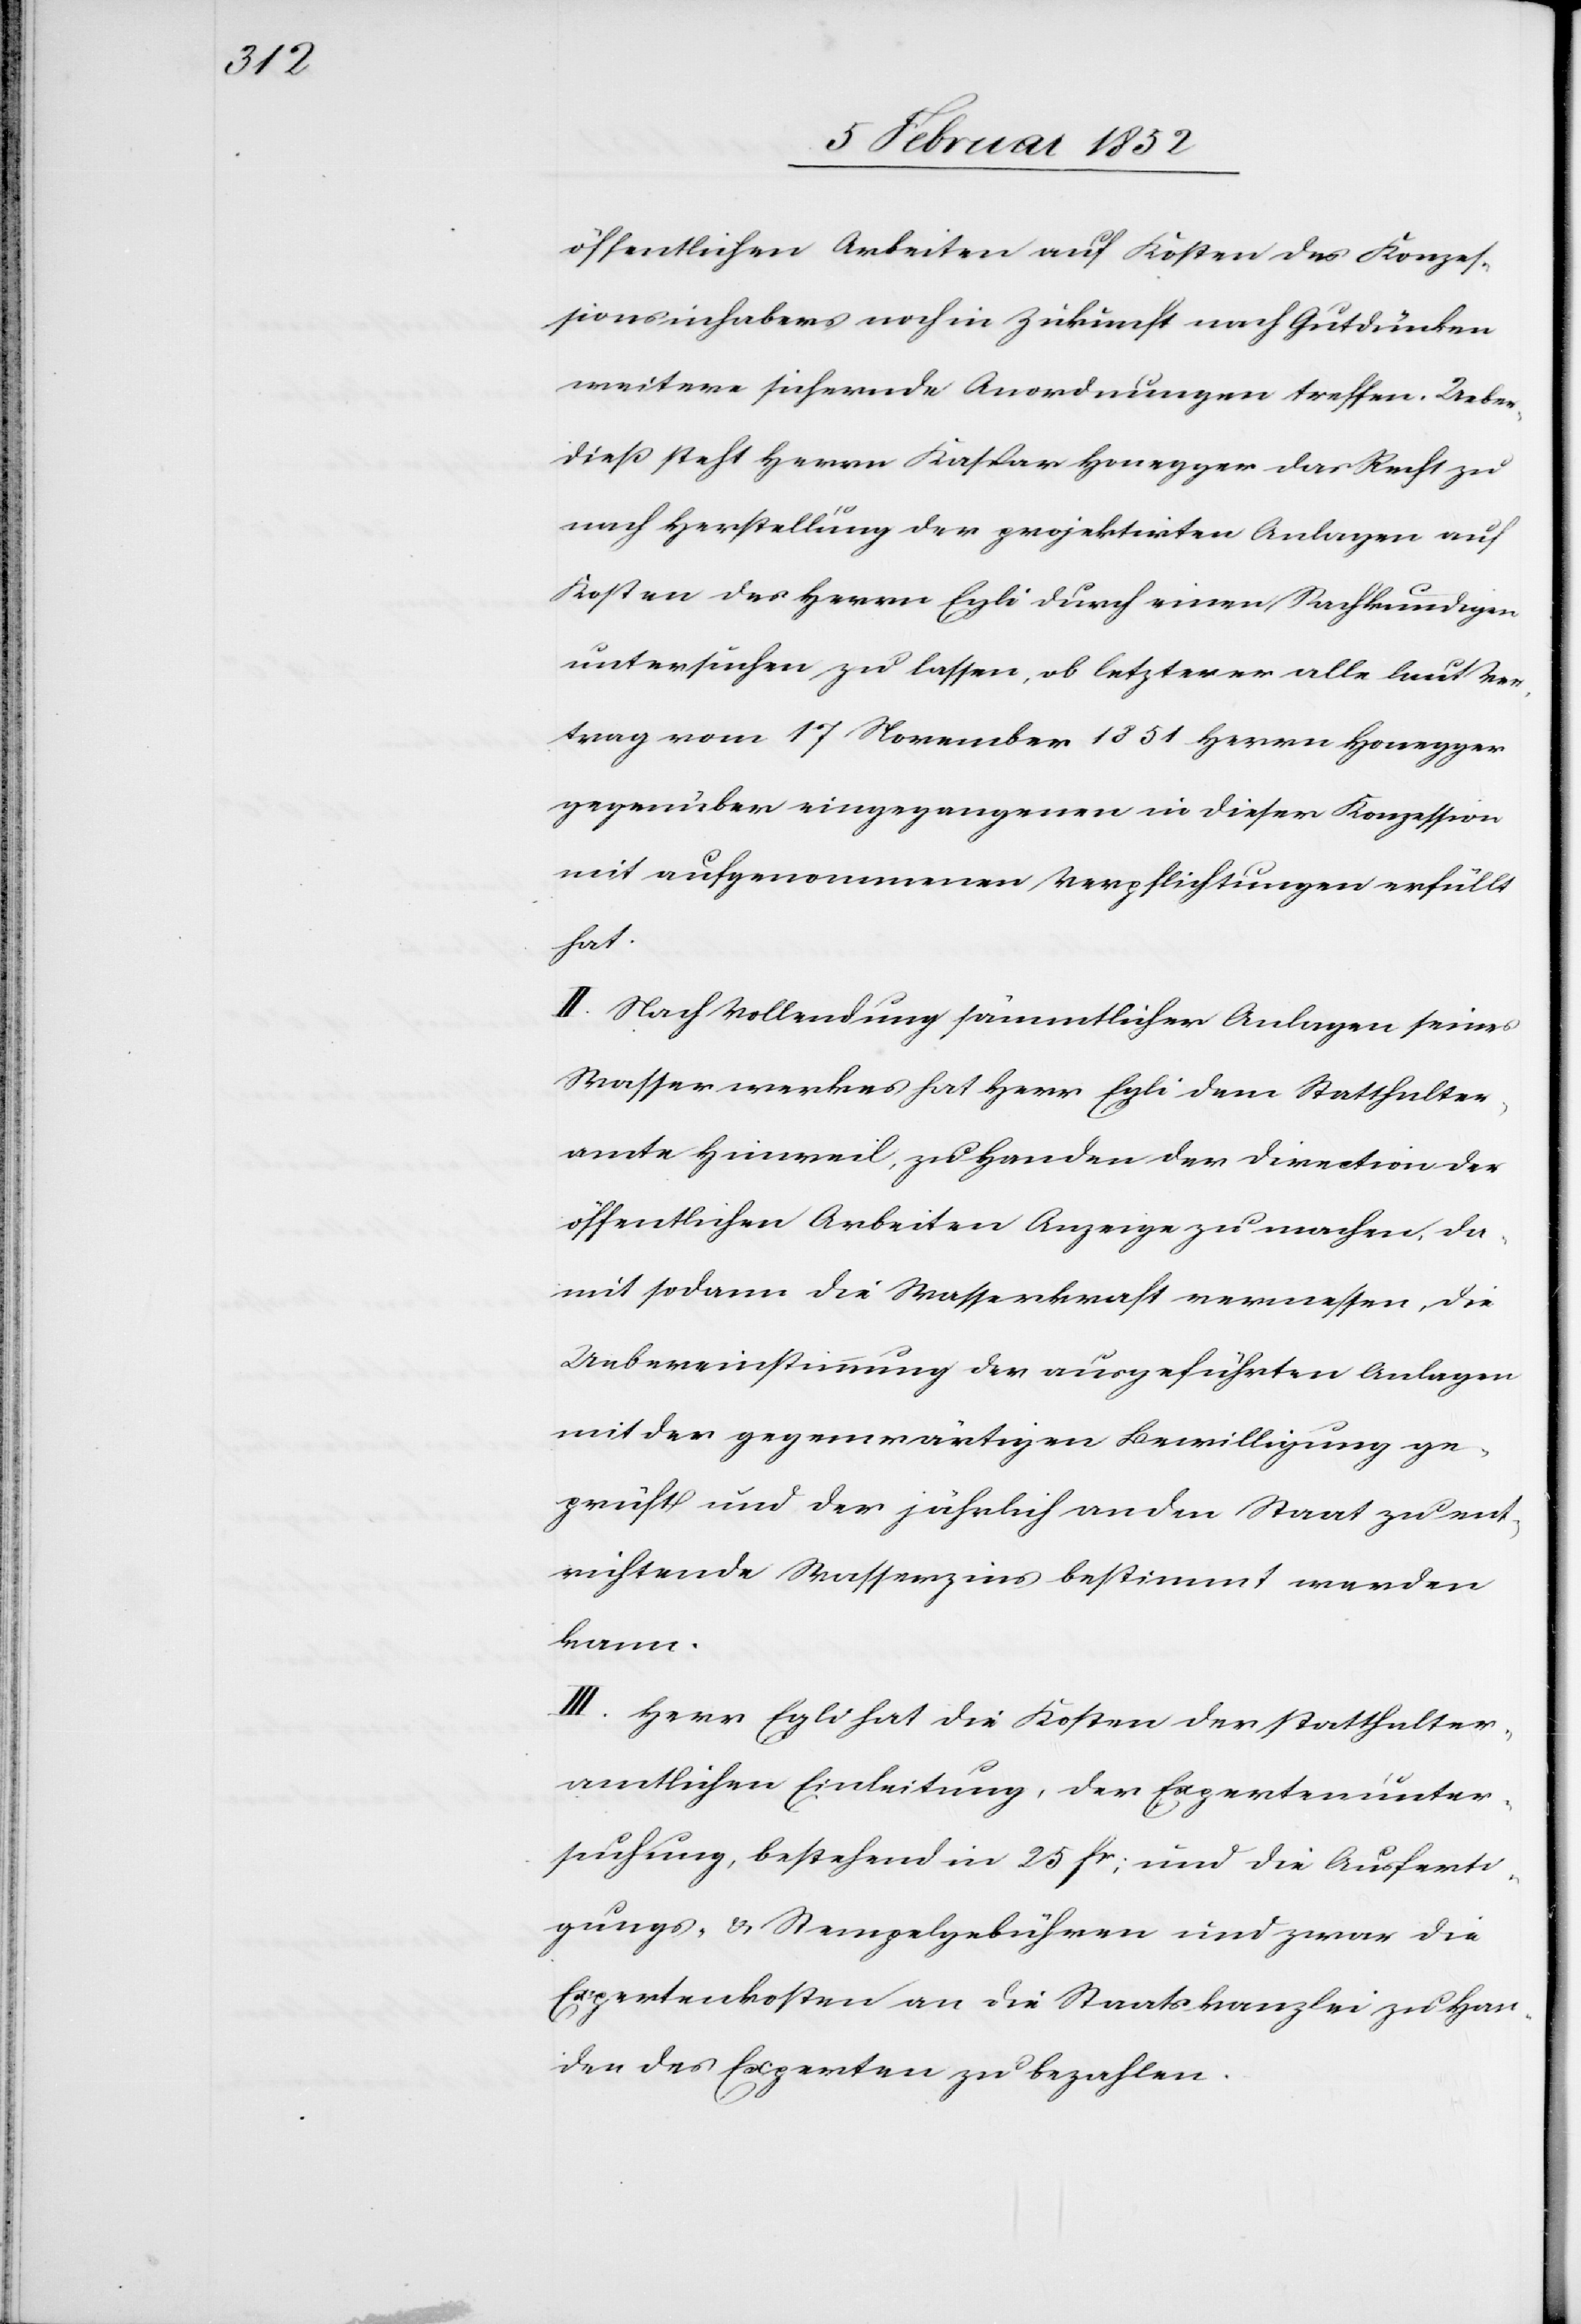
öffentlichen Arbeiten auf Kosten des Konzes¬
sionsinhabers noch in Zukunft nach Gutdünken
weitere sichernde Anordnungen treffen. Ueber¬
dieß steht Herrn Kaspar Honegger das Recht zu
nach Herstellung der projektirten Anlagen auf
Kosten des Herrn Egli durch einen Sachkundigen
untersuchen zu lassen, ob letzterer alle laut Ver¬
trag vom 17 November 1851 Herrn Honegger
gegenüber eingegangenen in dieser Konzession
mit aufgenommenen Verpflichtungen erfüllt
hat.
II. Nach Vollendung sämmtlicher Anlagen seines
Wasserwerkes hat Herr Egli dem Statthalter¬
amte Hinweil, zu Handen der Direction der
öffentlichen Arbeiten Anzeige zu machen, da¬
mit sodann die Wasserkraft vermessen, die
Uebereinstimmung der ausgeführten Anlagen
mit der gegenwärtigen Bewilligung ge¬
prüft und der jährlich an den Staat zu ent¬
richtende Wasserzins bestimmt werden
kann.
III. Herrn Egli hat die Kosten der statthalter¬
amtlichen Einleitung, der Expertenunter¬
suchung, bestehend in 25 Fr. und die Ausferti¬
gungs- u. Stempelgebühren und zwar die
Expertenkosten an die Staatskanzlei zu Han¬
den des Experten zu bezahlen.